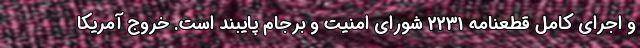
و اجرای کامل قطعنامه 2231 شورای امنیت و برجام پایبند است. خروج آمریکا